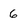
Character: 6